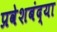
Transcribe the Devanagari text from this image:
प्रवेशबंद्या